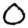
Digit: 0